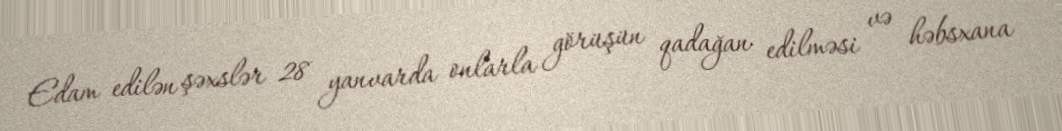
Edam edilən şəxslər 28 yanvarda onlarla görüşün qadağan edilməsi və həbsxana